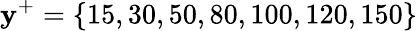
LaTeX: \mathbf{y}^{+}=\{ 15,30,50,80,100,120,150\}